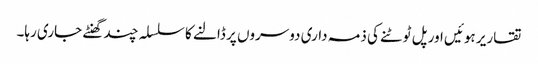
تقاریر ہوئیں اور پل ٹوٹنے کی ذمہ داری دوسروں پر ڈالنے کا سلسلہ چند گھنٹے جاری رہا۔